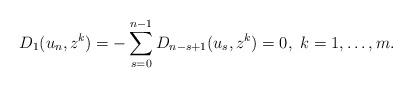
LaTeX: \begin{align*}D_1(u_n,z^k)=-\sum_{s=0}^{n-1}D_{n-s+1}(u_s,z^k)=0,\ k=1,\dots, m.\end{align*}